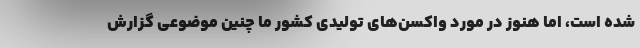
شده است، اما هنوز در مورد واکسن‌های تولیدی کشور ما چنین موضوعی گزارش